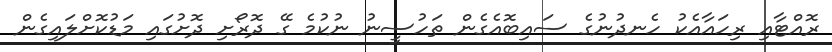
ރޮއްޓާއި ރިހައާއެކު ހެނދުނުގެ ސައިބޮއެގެން ތަހުސީނު ނުކުމެ ގޭ ދޮރޯށި ދޮށުގައި މަޑުކޮށްލައިގެން